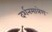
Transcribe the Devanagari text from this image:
दर्शनमात्रेण